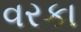
વરકા